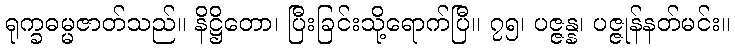
ရုက္ခဓမ္မဇာတ်သည်။ နိဋ္ဌိတော၊ ပြီးခြင်းသို့ရောက်ပြီ။ ၇၅၊ ပဇ္ဇန္န၊ ပဇ္ဇုန်နတ်မင်း။